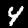
Label: 4